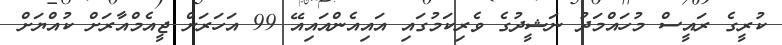
ކުރީގެ ރައީސް މުހައްމަދު ނަޝީދުގެ ވެރިކަމުގައި އައިއެންއައިއޭ 99 އަހަރަށް ޖީއެމްއާރަށް ކުއްޔަށް